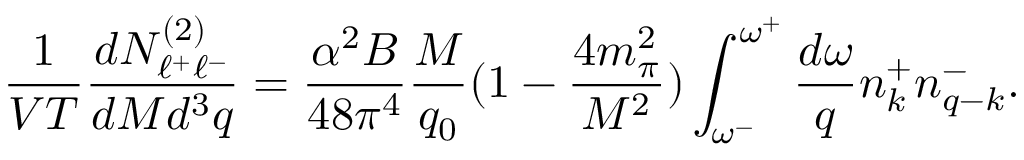
{ \frac { 1 } { V T } } { \frac { d N _ { \ell ^ { + } \ell ^ { - } } ^ { ( 2 ) } } { d M d ^ { 3 } q } } = { \frac { \alpha ^ { 2 } B } { 4 8 \pi ^ { 4 } } } { \frac { M } { q _ { 0 } } } ( 1 - { \frac { 4 m _ { \pi } ^ { 2 } } { M ^ { 2 } } } ) \int _ { \omega ^ { - } } ^ { \omega ^ { + } } { \frac { d \omega } { q } } n _ { k } ^ { + } n _ { q - k } ^ { - } .